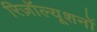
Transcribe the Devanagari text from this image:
रिज़ॉल्यूशनों